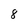
Character: 8